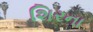
શિરના